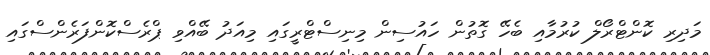
މަދިރި ކޮންޓްރޯލް ކުރުމާއި ބެހޭ ގޮތުން ހައުސިން މިނިސްޓްރީގައި މިއަދު ބޭއްވި ޕްރެސްކޮންފަރެންސްގައި